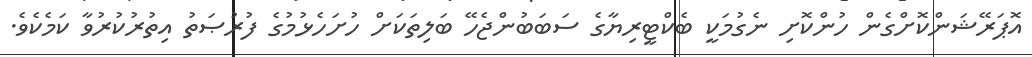
އޮޕަރޭޝަންކޮށްގެން ހުންކޮށި ނެގުމަކީ ބެކްޓީރިޔާގެ ސަބަބުންޖެހޭ ބަލިތަކަށް ހުށަހެޅުމުގެ ފުރުޞަތު އިތުރުކުރުވާ ކަމެކެވެ.